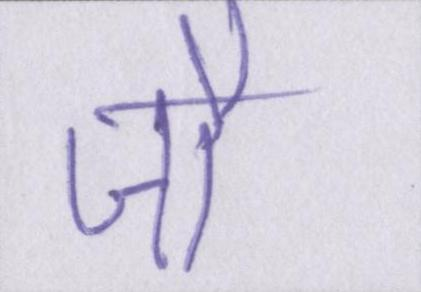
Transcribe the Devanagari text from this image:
जौ